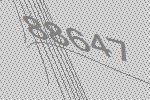
88647